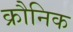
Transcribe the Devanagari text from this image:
क्रौनिक